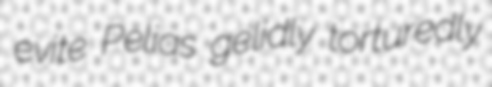
evite Pelias gelidly torturedly